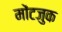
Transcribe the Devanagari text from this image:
मोंटजुक